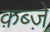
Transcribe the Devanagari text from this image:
क़ब्जे़